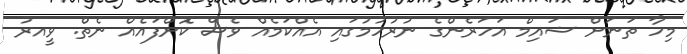
މިހާ ތަނަށް ޝައިމް އަހަރެންގެ ނުރުހުމުގައި އެއްކަމެއް ވެސް ކޮށްފައެއް ނެތް. ވީއރު